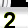
Digit: 2